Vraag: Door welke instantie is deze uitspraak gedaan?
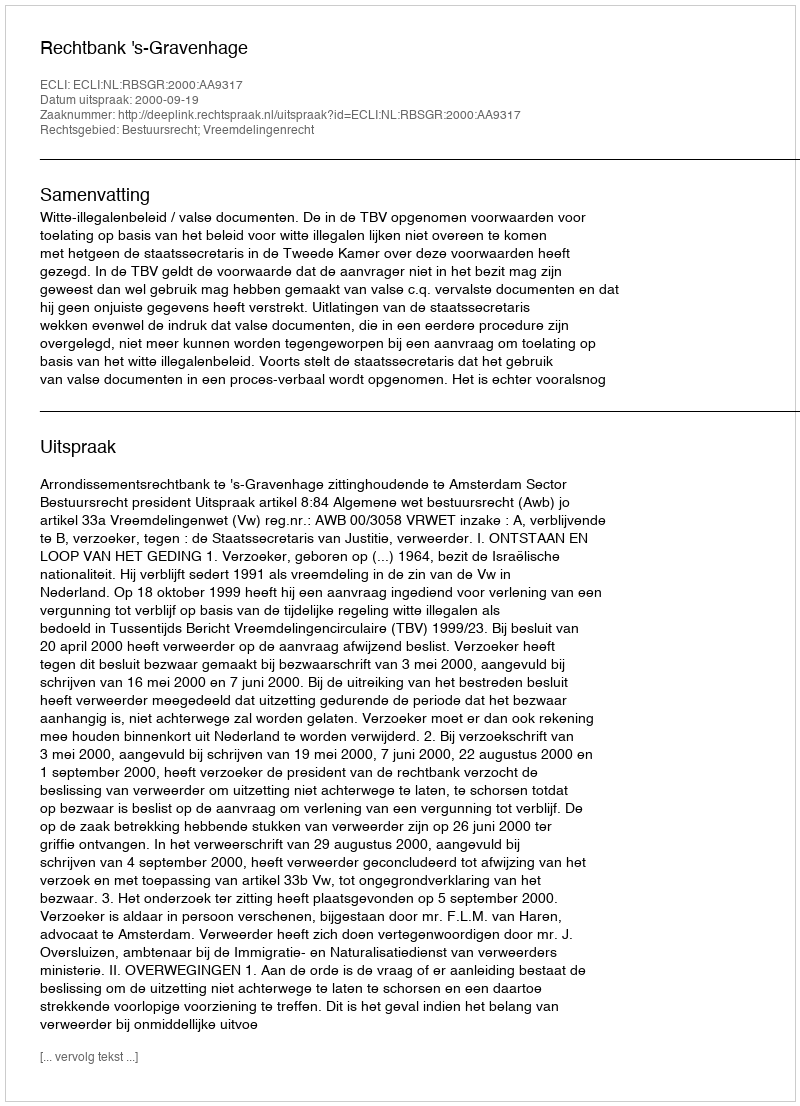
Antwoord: Rechtbank 's-Gravenhage